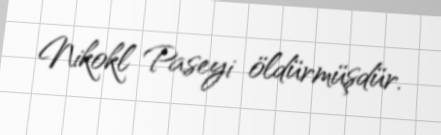
Nikokl Paseyi öldürmüşdür.